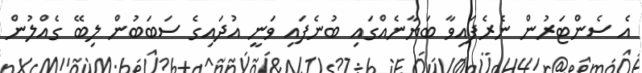
އެ ސެންޓަރުން ނެރެފައިވާ ބަޔާނެއްގައި ބުނެފައި ވަނީ އުދައިގެ ސަބަބުން ލިބޭ ގެއްލުން